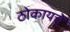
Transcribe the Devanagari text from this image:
ठोकायचे